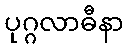
ပုဂ္ဂလာဓီနာ